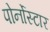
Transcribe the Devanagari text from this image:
पोर्नोस्टार